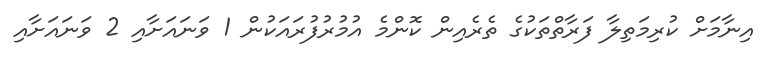
އިނާމަށް ކުރިމަތިލާ ފަރާތްތަކުގެ ތެރެއިން ކޮންމެ އުމުރުފުރައަކުން 1 ވަނައަށާއި 2 ވަނައަށާއި